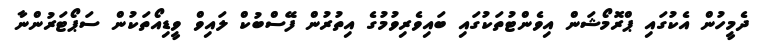
ދެމީހުން އެކުގައި ޕްރޮމޯޝަން އިވެންޓުތަކުގައި ބައިވެރިވުމުގެ އިތުރުން ފޭސްބުކް ލައިވް ވީޑިއޯތަކުން ސަޕޯޓަރުންނާ